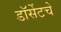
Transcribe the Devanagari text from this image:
डॉर्सेटचे